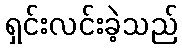
ရှင်းလင်းခဲ့သည်